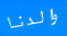
والدنا